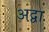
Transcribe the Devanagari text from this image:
अद्वा